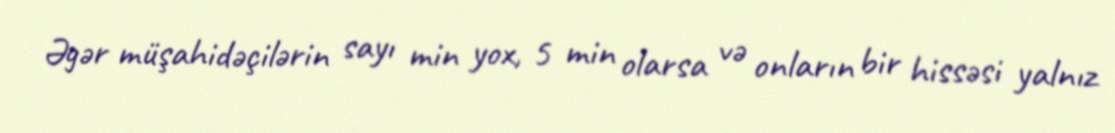
Əgər müşahidəçilərin sayı min yox, 5 min olarsa və onların bir hissəsi yalnız